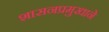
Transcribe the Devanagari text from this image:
शासनप्रमुखाने